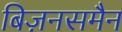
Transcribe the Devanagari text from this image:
बिज़नसमैन